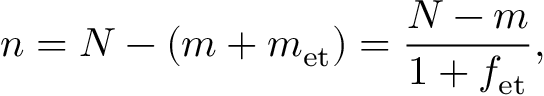
n = N - ( m + m _ { \mathrm { e t } } ) = \frac { N - m } { 1 + f _ { \mathrm { e t } } } ,